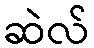
ဆဲလ်